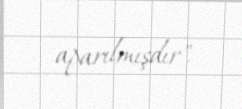
aparılmışdır".